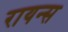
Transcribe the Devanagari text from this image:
रायन्स